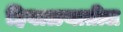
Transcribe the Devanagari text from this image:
हिवाळयातील